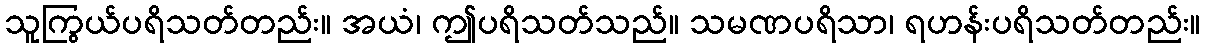
သူကြွယ်ပရိသတ်တည်း။ အယံ၊ ဤပရိသတ်သည်။ သမဏပရိသာ၊ ရဟန်းပရိသတ်တည်း။